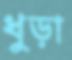
ধুড়া